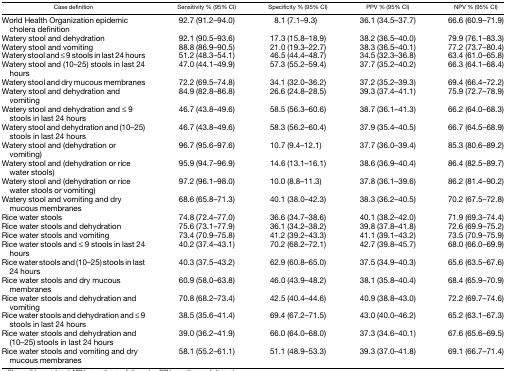
<table><thead><tr><td><b>Case definition</b></td><td><b>Sensitivity % (95% CI)</b></td><td><b>Specificity % (95% CI)</b></td><td><b>PPV % (95% CI)</b></td><td><b>NPV % (95% CI)</b></td></tr></thead><tbody><tr><td>World Health Organization epidemic cholera definition</td><td>92.7 (91.2–94.0)</td><td>8.1 (7.1–9.3)</td><td>36.1 (34.5–37.7)</td><td>66.6 (60.9–71.9)</td></tr><tr><td>Watery stool and dehydration</td><td>92.1 (90.5–93.6)</td><td>17.3 (15.8–18.9)</td><td>38.2 (36.5–40.0)</td><td>79.9 (76.1–83.3)</td></tr><tr><td>Watery stool and vomiting</td><td>88.8 (86.9–90.5)</td><td>21.0 (19.3–22.7)</td><td>38.3 (36.5–40.1)</td><td>77.2 (73.7–80.4)</td></tr><tr><td>Watery stool and ≤ 9 stools in last 24 hours</td><td>51.2 (48.3–54.1)</td><td>46.5 (44.4–48.7)</td><td>34.5 (32.3–36.8)</td><td>63.4 (61.0–65.8)</td></tr><tr><td>Watery stool and (10–25) stools in last 24 hours</td><td>47.0 (44.1–49.9)</td><td>57.3 (55.2–59.4)</td><td>37.7 (35.2–40.2)</td><td>66.3 (64.1–68.4)</td></tr><tr><td>Watery stool and dry mucous membranes</td><td>72.2 (69.5–74.8)</td><td>34.1 (32.0–36.2)</td><td>37.2 (35.2–39.3)</td><td>69.4 (66.4–72.2)</td></tr><tr><td>Watery stool and dehydration and vomiting</td><td>84.9 (82.8–86.8)</td><td>26.6 (24.8–28.5)</td><td>39.3 (37.4–41.1)</td><td>75.9 (72.7–78.9)</td></tr><tr><td>Watery stool and dehydration and ≤ 9 stools in last 24 hours</td><td>46.7 (43.8–49.6)</td><td>58.5 (56.3–60.6)</td><td>38.7 (36.1–41.3)</td><td>66.2 (64.0–68.3)</td></tr><tr><td>Watery stool and dehydration and (10–25) stools in last 24 hours</td><td>46.7 (43.8–49.6)</td><td>58.3 (56.2–60.4)</td><td>37.9 (35.4–40.5)</td><td>66.7 (64.5–68.9)</td></tr><tr><td>Watery stool and (dehydration or vomiting)</td><td>96.7 (95.6–97.6)</td><td>10.7 (9.4–12.1)</td><td>37.7 (36.0–39.4)</td><td>85.3 (80.6–89.2)</td></tr><tr><td>Watery stool and (dehydration or rice water stools)</td><td>95.9 (94.7–96.9)</td><td>14.6 (13.1–16.1)</td><td>38.6 (36.9–40.4)</td><td>86.4 (82.5–89.7)</td></tr><tr><td>Watery stool and (dehydration or rice water stools or vomiting)</td><td>97.2 (96.1–98.0)</td><td>10.0 (8.8–11.3)</td><td>37.8 (36.1–39.6)</td><td>86.2 (81.4–90.2)</td></tr><tr><td>Watery stool and vomiting and dry mucous membranes</td><td>68.6 (65.8–71.3)</td><td>40.1 (38.0–42.3)</td><td>38.3 (36.2–40.5)</td><td>70.2 (67.5–72.8)</td></tr><tr><td>Rice water stools</td><td>74.8 (72.4–77.0)</td><td>36.6 (34.7–38.6)</td><td>40.1 (38.2–42.0)</td><td>71.9 (69.3–74.4)</td></tr><tr><td>Rice water stools and dehydration</td><td>75.6 (73.1–77.9)</td><td>36.1 (34.2–38.2)</td><td>39.8 (37.8–41.8)</td><td>72.6 (69.9–75.2)</td></tr><tr><td>Rice water stools and vomiting</td><td>73.4 (70.9–75.8)</td><td>41.2 (39.2–43.3)</td><td>41.1 (39.1–43.2)</td><td>73.5 (70.9–75.9)</td></tr><tr><td>Rice water stools and ≤ 9 stools in last 24 hours</td><td>40.2 (37.4–43.1)</td><td>70.2 (68.2–72.1)</td><td>42.7 (39.8–45.7)</td><td>68.0 (66.0–69.9)</td></tr><tr><td>Rice water stools and (10–25) stools in last 24 hours</td><td>40.3 (37.5–43.2)</td><td>62.9 (60.8–65.0)</td><td>37.5 (34.9–40.3)</td><td>65.6 (63.5–67.6)</td></tr><tr><td>Rice water stools and dry mucous membranes</td><td>60.9 (58.0–63.8)</td><td>46.0 (43.9–48.2)</td><td>38.1 (35.8–40.4)</td><td>68.4 (65.9–70.9)</td></tr><tr><td>Rice water stools and dehydration and vomiting</td><td>70.8 (68.2–73.4)</td><td>42.5 (40.4–44.6)</td><td>40.9 (38.8–43.0)</td><td>72.2 (69.7–74.6)</td></tr><tr><td>Rice water stools and dehydration and ≤ 9 stools in last 24 hours</td><td>38.5 (35.6–41.4)</td><td>69.4 (67.2–71.5)</td><td>43.0 (40.0–46.2)</td><td>65.2 (63.1–67.3)</td></tr><tr><td>Rice water stools and dehydration and (10–25) stools in last 24 hours</td><td>39.0 (36.2–41.9)</td><td>66.0 (64.0–68.0)</td><td>37.3 (34.6–40.1)</td><td>67.6 (65.6–69.5)</td></tr><tr><td>Rice water stools and vomiting and dry mucous membranes</td><td>58.1 (55.2–61.1)</td><td>51.1 (48.9–53.3)</td><td>39.3 (37.0–41.8)</td><td>69.1 (66.7–71.4)</td></tr></tbody></table>